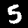
Label: 5